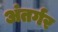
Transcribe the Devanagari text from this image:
अंतर्गर